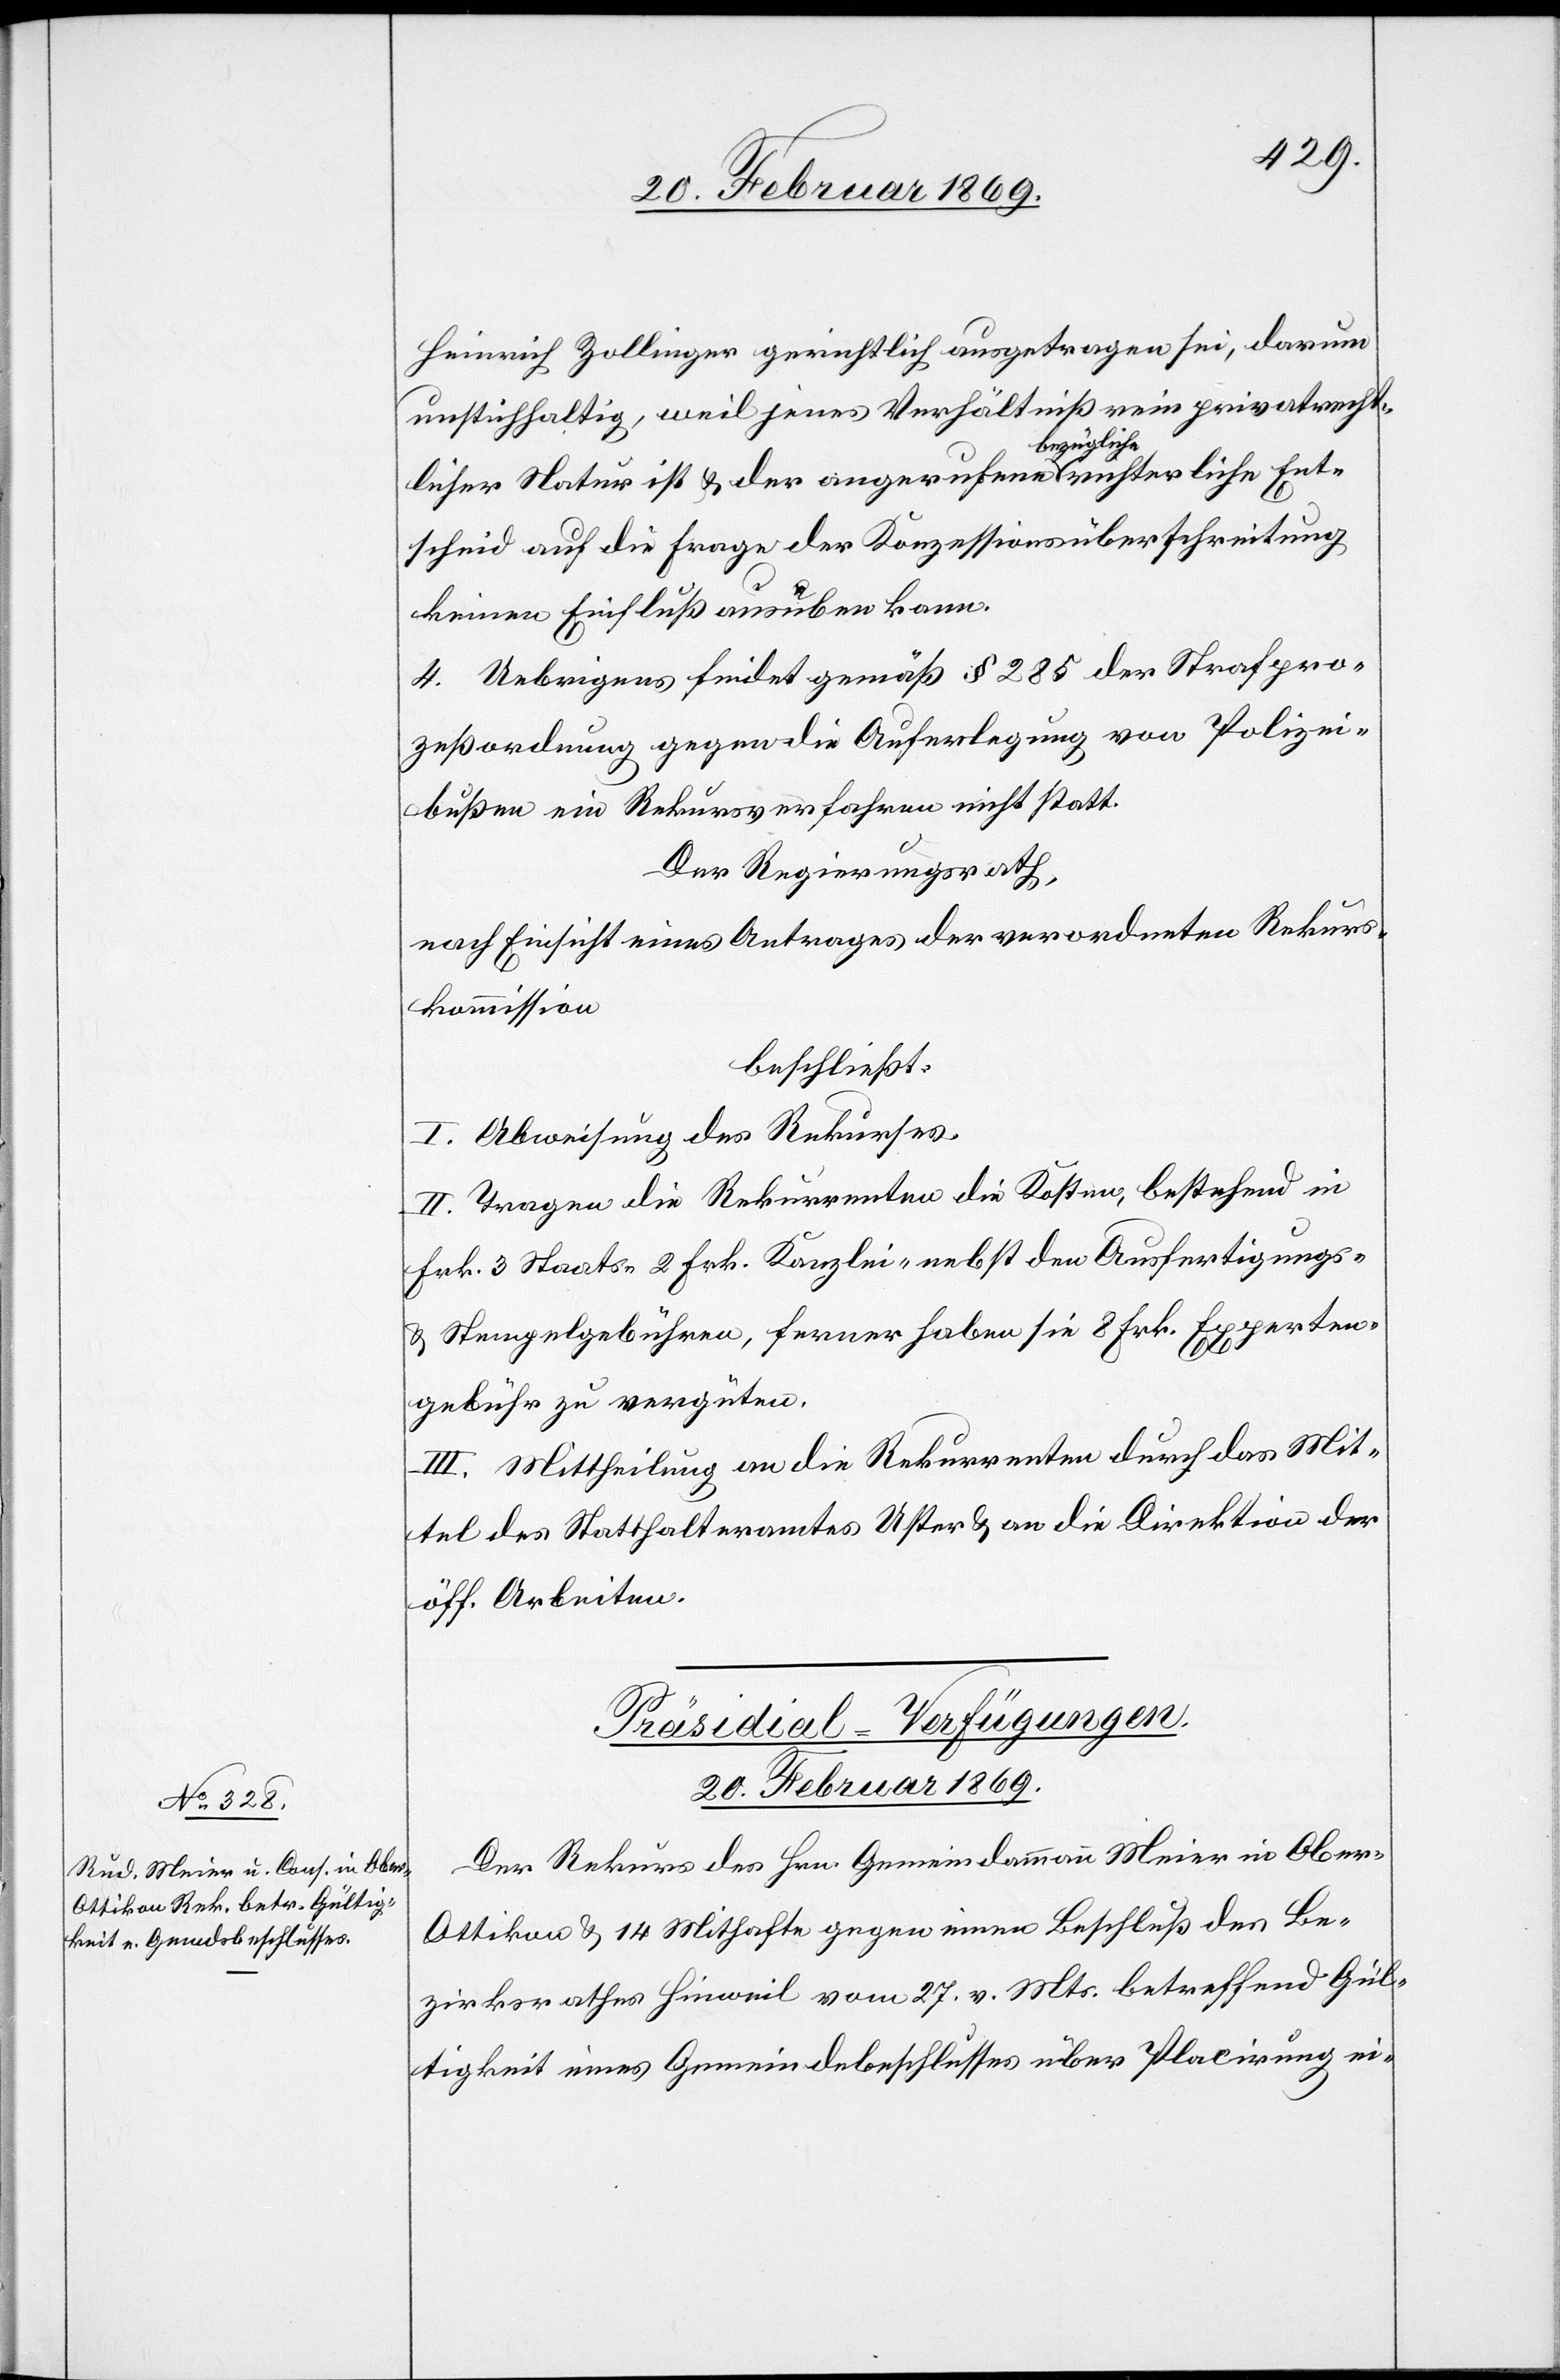
Heinrich Zollinger gerichtlich ausgetragen sei, darum
unstichhaltig, weil jenes Verhältniß rein privatrecht¬
licher Natur ist u. der angerufene bezügliche richterliche Ent¬
scheid auf die Frage der Konzessionsüberschreitung
keinen Einfluß ausüben kann.
4. Uebrigens findet gemäß § 285 der Strafpro¬
zeßordnung gegen die Auferlegung von Polizei¬
bußen ein Rekursverfahren nicht statt.
Der Regierungsrath,
nach Einsicht eines Antrages der verordneten Rekurs¬
kommission
beschließt:
I. Abweisung des Rekurses.
II. Tragen die Rekurrenten die Kosten, bestehend in
Frk. 3 Staats- 2 Frk. Kanzlei- nebst den Ausfertigungs-
& Stempelgebühren, ferner haben sie 8 Frk. Experten¬
gebühr zu vergüten.
III. Mittheilung an die Rekurrenten durch das Mit¬
tel des Statthalteramtes Uster & an die Direktion der
öff. Arbeiten.
Präsidial-Verfügungen.
20. Februar 1869.
Der Rekurs des Hrn. Gemeindammann Meier in Ober-O¬
ttikon u. 14 Mithafte gegen einen Beschluß des Be¬
zirksrathes Hinweil vom 27. v. Mts. betreffend Gül¬
tigkeit eines Gemeindsbeschlusses über Placirung ei-